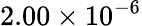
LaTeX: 2.00\times 10^{-6}